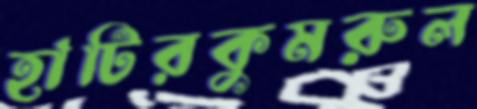
হাটিরকুমরুল